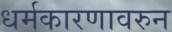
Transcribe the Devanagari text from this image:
धर्मकारणावरुन